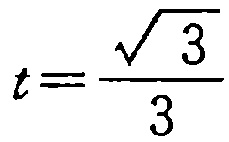
\(t=\frac{\sqrt{3}}{3}\)